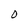
Character: O